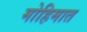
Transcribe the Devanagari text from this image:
मोहिमात